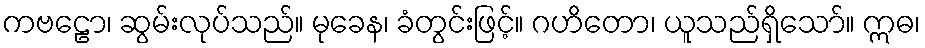
ကဗဠော၊ ဆွမ်းလုပ်သည်။ မုခေန၊ ခံတွင်းဖြင့်။ ဂဟိတော၊ ယူသည်ရှိသော်။ ဣဓ၊